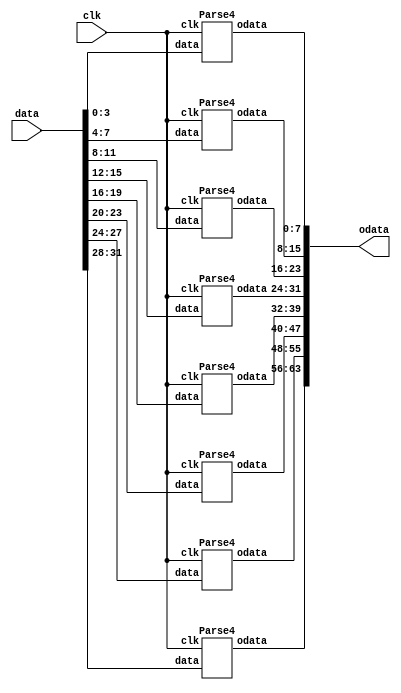
`timescale 1ns / 1ps
//////////////////////////////////////////////////////////////////////////////////
// Company: 
// Engineer: 
// 
// Design Name: 
// Module Name:    Parse 
// Project Name: 
// Target Devices: 
// Tool versions: 
// Description: 
//
// Dependencies: 
//
// Revision: 
// Revision 0.01 - File Created
// Additional Comments: 
//
//////////////////////////////////////////////////////////////////////////////////
module Parse32(input clk, input [31:0]data, output [63:0] odata
);
Parse4 p1(clk,data[3:0],odata[7:0]);
Parse4 p2(clk,data[7:4],odata[15:8]);
Parse4 p3(clk,data[11:8],odata[23:16]);
Parse4 p4(clk,data[15:12],odata[31:24]);
Parse4 p5(clk,data[19:16],odata[39:32]);
Parse4 p6(clk,data[23:20],odata[47:40]);
Parse4 p7(clk,data[27:24],odata[55:48]);
Parse4 p8(clk,data[31:28],odata[63:56]);
endmodule

module Parse12(input clk, input [11:0]data, output [23:0] odata
);
Parse4 p1(clk,data[3:0],odata[7:0]);
Parse4 p2(clk,data[7:4],odata[15:8]);
Parse4 p3(clk,data[11:8],odata[23:16]);
endmodule

module Parse4(input clk, input [3:0]data, output reg[7:0] odata
);

always @(posedge clk)
begin
	case(data[3:0]) 
			4'b0000:odata[7:0] <= "0";
			4'b0001:odata[7:0] <= "1";
			4'b0010:odata[7:0] <= "2";
			4'b0011:odata[7:0] <= "3";
			4'b0100:odata[7:0] <= "4";
			4'b0101:odata[7:0] <= "5";
			4'b0110:odata[7:0] <= "6";
			4'b0111:odata[7:0] <= "7";
			4'b1000:odata[7:0] <= "8";
			4'b1001:odata[7:0] <= "9";
			4'b1010:odata[7:0] <= "A";
			4'b1011:odata[7:0] <= "B";
			4'b1100:odata[7:0] <= "C";
			4'b1101:odata[7:0] <= "D";
			4'b1110:odata[7:0] <= "E";
			4'b1111:odata[7:0] <= "F";
			default:odata[7:0] <= "0";
			endcase
end
endmodule